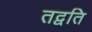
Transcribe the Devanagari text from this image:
तद्वति